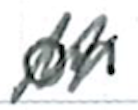
Text: on
Cross-out: mix
Writing tool: ballpoint